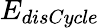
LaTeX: E_{disCycle}